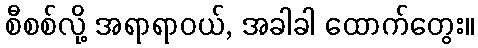
စီစစ်လို့ အရာရာဝယ်, အခါခါ ထောက်တွေး။